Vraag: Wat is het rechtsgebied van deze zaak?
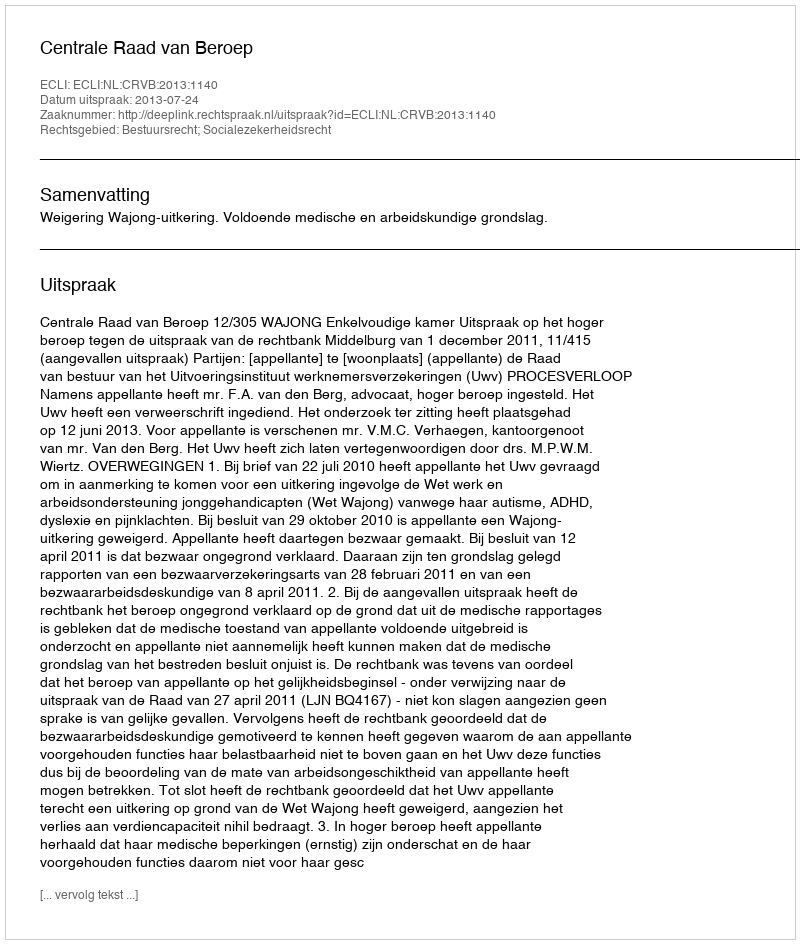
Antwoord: Bestuursrecht; Socialezekerheidsrecht